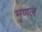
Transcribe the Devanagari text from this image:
मृणल